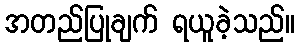
အတည်ပြုချက် ရယူခဲ့သည်။